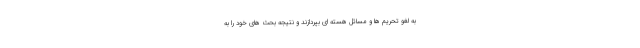
به لغو تحریم ها و مسائل هسته ای بپردازند و نتیجه بحث های خود را به